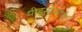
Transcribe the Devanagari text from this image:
पीड़नोन्मादी